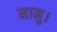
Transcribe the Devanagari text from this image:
नामु।